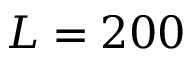
L = 2 0 0